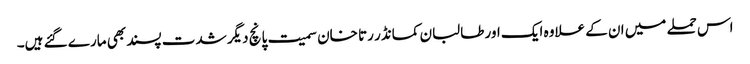
اس حملے میں ان کے علاوہ ایک اور طالبان کمانڈر رتا خان سمیت پانچ دیگر شدت پسند بھی مارے گئے ہیں۔